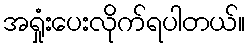
အရှုံးပေးလိုက်ရပါတယ်။